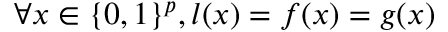
\forall x \in \{ 0 , 1 \} ^ { p } , l ( x ) = f ( x ) = g ( x )